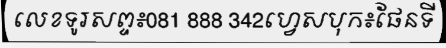
លេខទូរសព្ទ៖081 888 342ហ្វេសបុក៖ផែនទី